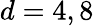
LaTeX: d=4,8